Annual report on the lock hospitals of the Madras Presidency
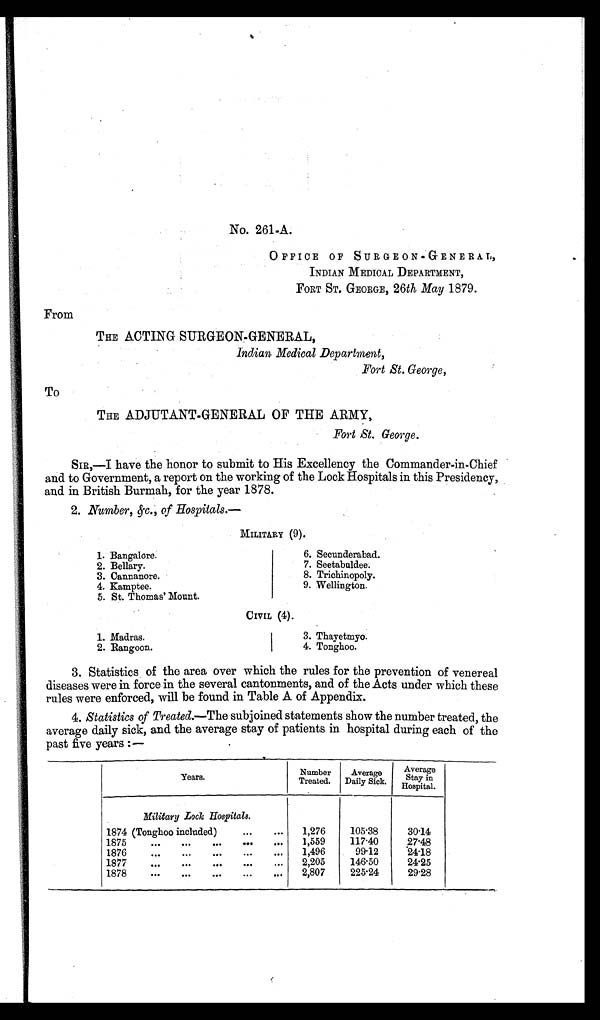
1. Bangalore.
2. Bellary.
3. Cannanore.
4. Kamptee.
5. St. Thomas' Mount.
6. Secunderabad.
7.Seetabuldee.
8. Trichinopoly.
9. Wellington.
1. Madras.
2. Rangoon.
3. Thayetmyo.
4. Tonghoo.
No. 261-A.
OFFICE OF SURGEON-GENERAL,
INDIAN MEDICAL DEPARTMENT,
FORT ST. GEORGE, 26th May 1879.
From
THE ACTING SURGEON-GENERAL,
Indian Medical Department,
Fort St. George,
To
THE ADJUTANT-GENERAL OF THE ARMY,
Fort St. George.
SIR,—I have the honor to submit to His Excellency the Commander-in-Chief
and to Government, a report on the working of the Lock Hospitals in this Presidency,
and in British Burmah, for the year 1878.
2. Number, &c., of Hospitals.—
MILITARY (9).
CIVIL (4).
3. Statistics of the area over which the rules for the prevention of venereal
diseases were in force in the several cantonments, and of the Acts under which these
rules were enforced, will be found in Table A of Appendix.
4. Statistics of Treated.—The subjoined statements show the number treated, the
average daily sick, and the average stay of patients in hospital during each of the
past five years :—
Years.
Number
Treated.
Average
Daily Sick.
Average
Stay in
Hospital.
Military Lock Hospitals.
1874 (Tonghoo included)
...
... 1,276
105.38
30.14
1875
... ...
... ... ... 1,559
117.40
27.48
1,496
99.12
24.18
1877
... ...
...
...
... 2,205
146.50
24.25
1878
...
...
...
...
... 2,807
225.24
29.28